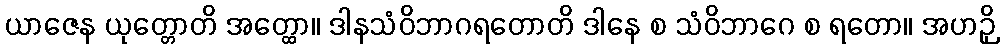
ယာဇေန ယုတ္တောတိ အတ္ထော။ ဒါနသံဝိဘာဂရတောတိ ဒါနေ စ သံဝိဘာဂေ စ ရတော။ အဟဉှိ